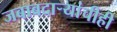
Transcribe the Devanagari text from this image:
जबाबदाऱ्यांचीही